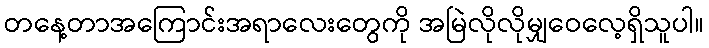
တနေ့တာအကြောင်းအရာလေးတွေကို အမြဲလိုလိုမျှဝေလေ့ရှိသူပါ။